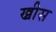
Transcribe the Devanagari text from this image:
ख्रीस